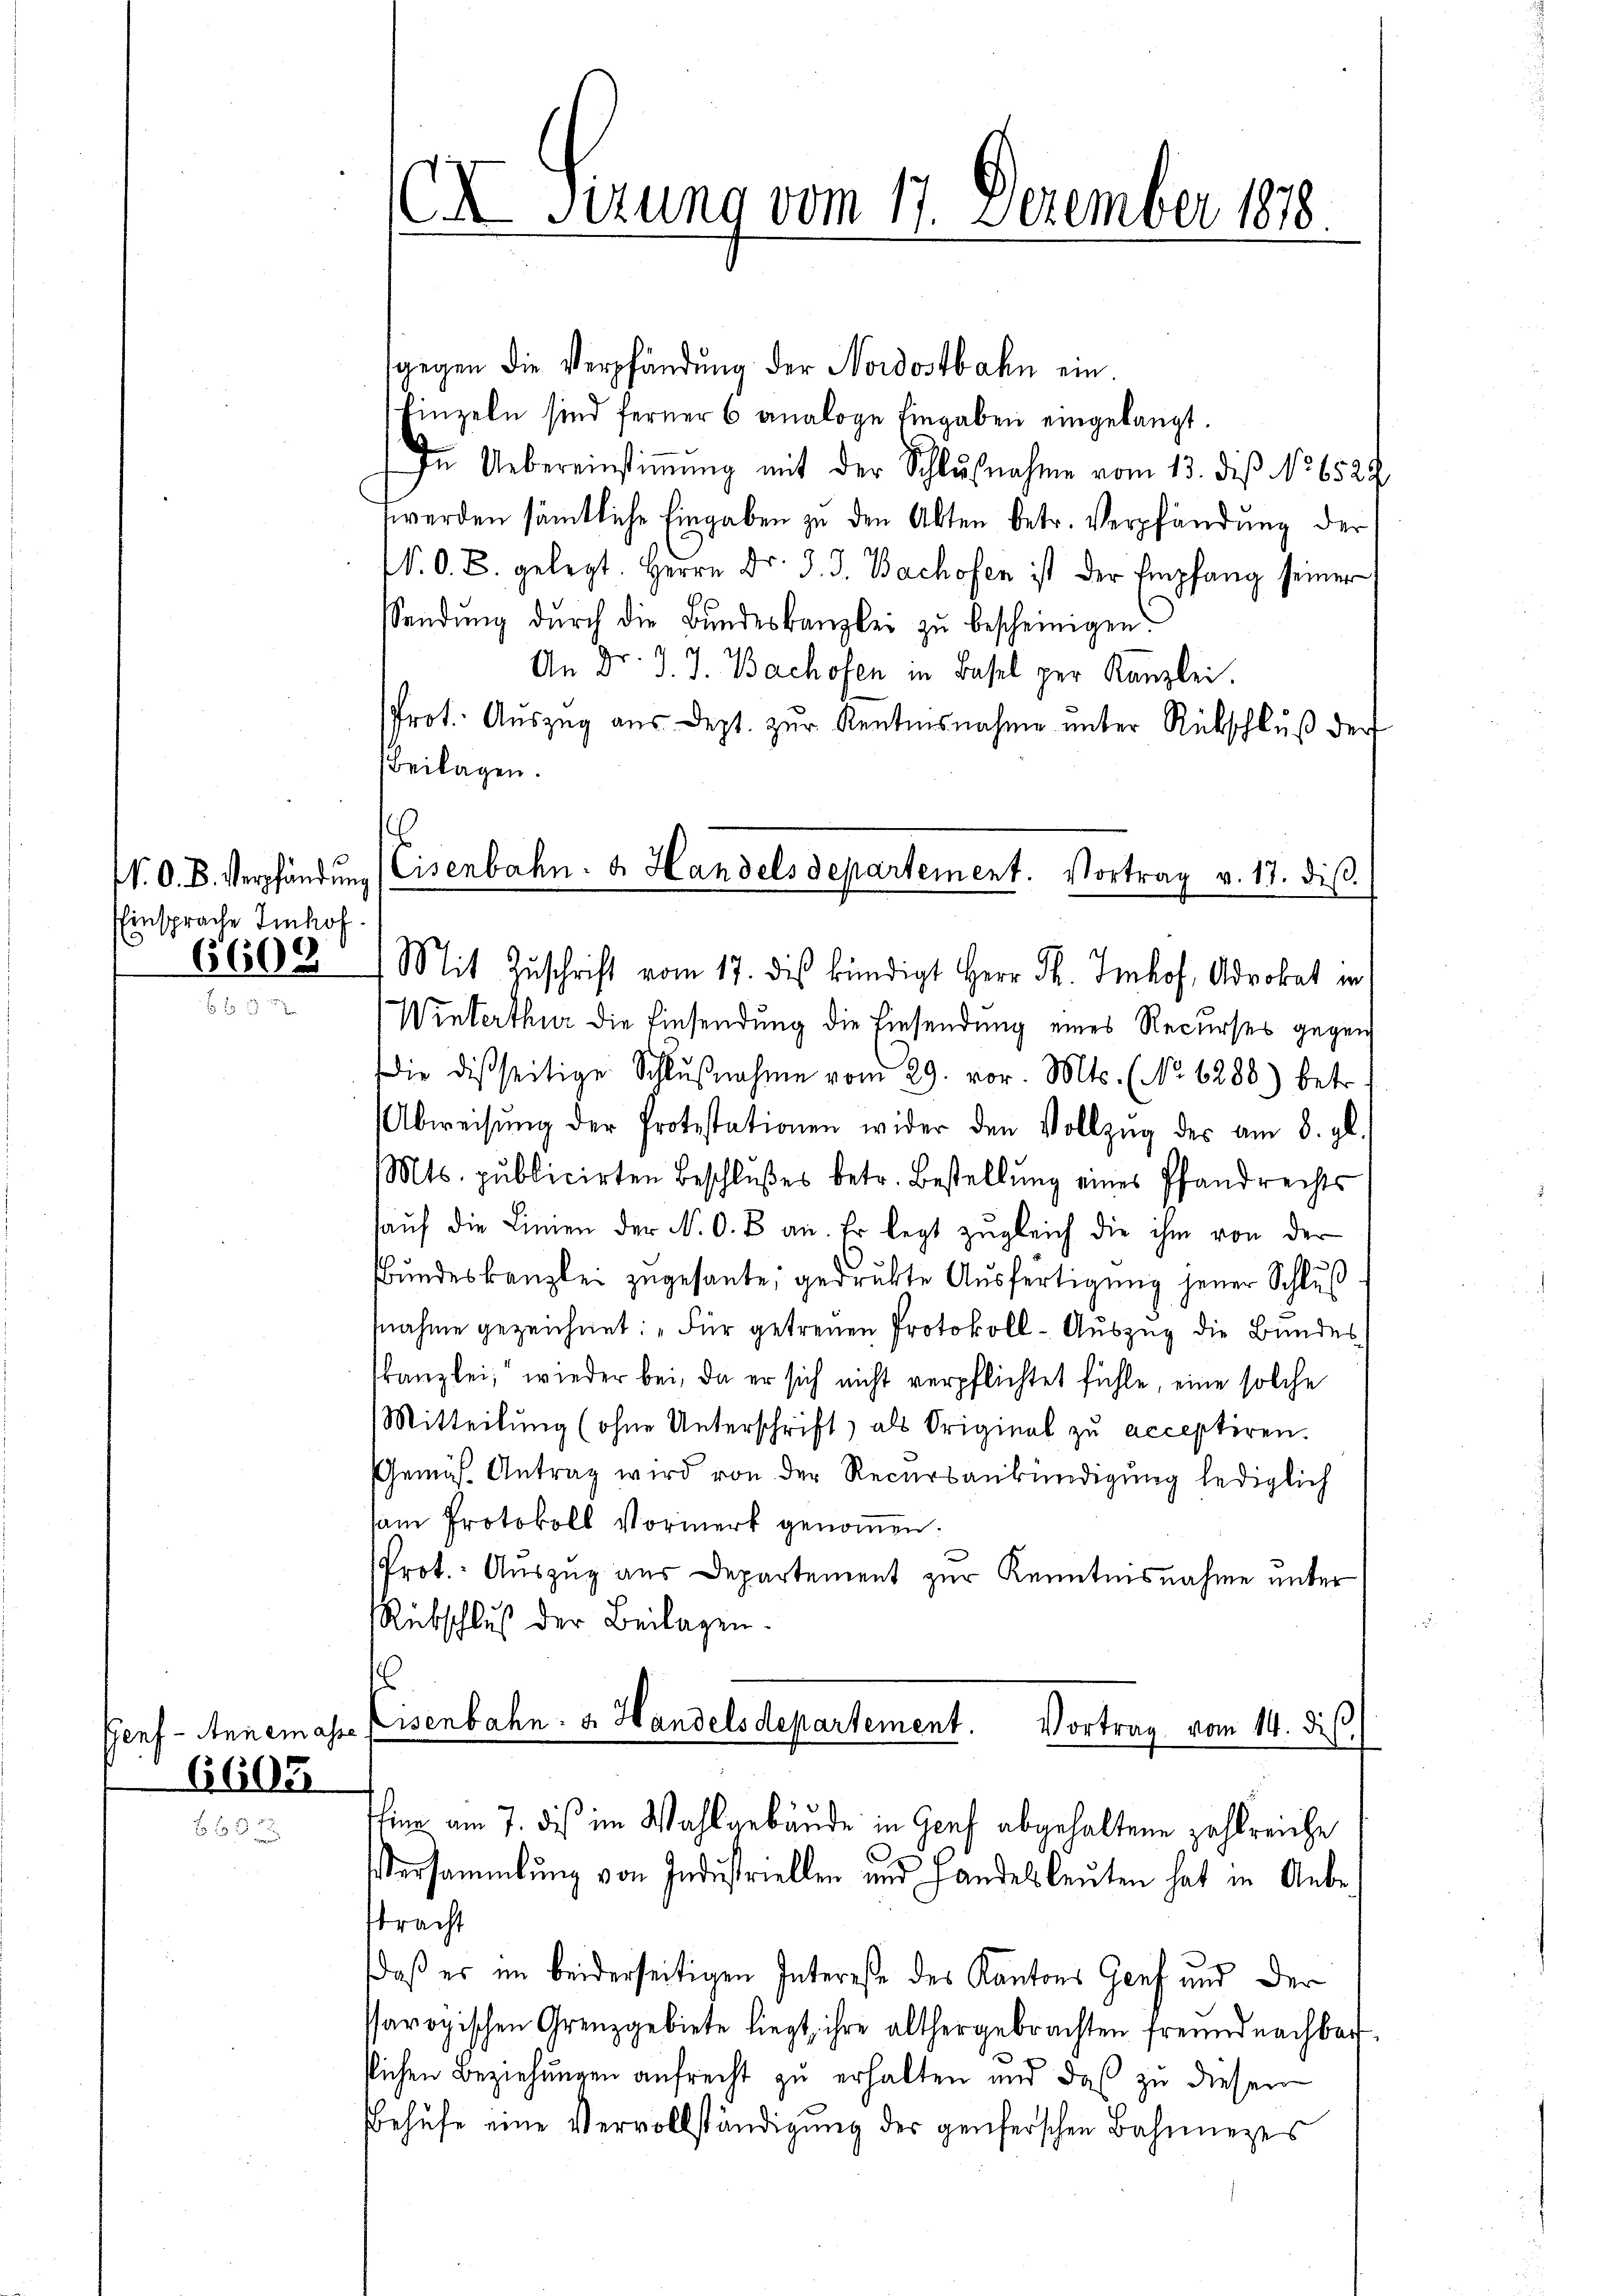
EEinsprache Imhof
6608

6605

63

Beilagen.
e

I Sirung vom 17. Dezember 1878

sgegen die Verpfändung der Nordostbahn ein.
Einzeln sind ferner 6 analoge Eingaben eingelangt.
In Uebereinstiṁŭng mit der Schlußnahme vom 13. diß No 652.
werden sämtliche Eingaben zu den Akten betr. Verpfändung der
V. O. B. gelegt. Herrn Dr. J. J. Bachofen ist der Empfang seiner
Sendung durch die Bundeskanzlei zu bescheinigen.
An Dr. J. J. Bachofen in Basel zur Kanzlei.
Prot. Aŭszŭg aŭs dept. zŭr Kentnisnahme unter Rückschlŭβ der
Mit Zŭschrift vom 17. des kündigt Herr F. Imhof, Advokat in
Winterthur die Einsendung die Einsendung eines Recurses gegen
die disseitige Schlŭβnahme vom 29. vor. Mts. (No. 6288) betr.
Abweisŭng der Protestationen wider den Vollzŭg der am 8. gl.
Mts. publicirten Beschlußes betr. Bestellung eines Pfandrechts
aŭf die Linien der N. O. B. an. Er legt zŭgleich die ihm von der
Bundeskanzlei zugesante, gedrukte Ausfertigung jener Schluß
nahme gezeichnet: „Für getreuen Protokoll- Auszug die Bundeskanzlei, wieder bei, da er sich nicht verpflichtet fühle, eine solche
Mitteilŭng (ohne Unterschrift, als Original zŭ acceptiren.
Gemäss Antrag wird von der Recursankündigung lediglich
sam Protokoll Vormerk genoṁen.
Prot. Auszug aus Departement zur Kenntnisnahme unter
Rübschluß der Beilagen.
s
Genf - Annemasse Eisenbahn- u. Handelsdepartement. Vortrag vom 14. di
Thier am 7. dies im Wahlgebäude in Genf abgehaltene zahlreiche
C
Versammlung von Industriellen und Handelsleuten hat in Anbe-
stracht
daß es im beiderseitigen Interesse des Kantons Genf und der
saropischen Grenzgebiete liegt, ihre althergebrachten Freundnachbarllichen Beziehungen aufrecht zu erhalten und daß zu diesen
Behufe eine Vervollständigung der genferschen Bahnnezes

N. O. B. Verpfändung (Eisenbahn- u. Handels departement. Vortrag v. 17. diβ.